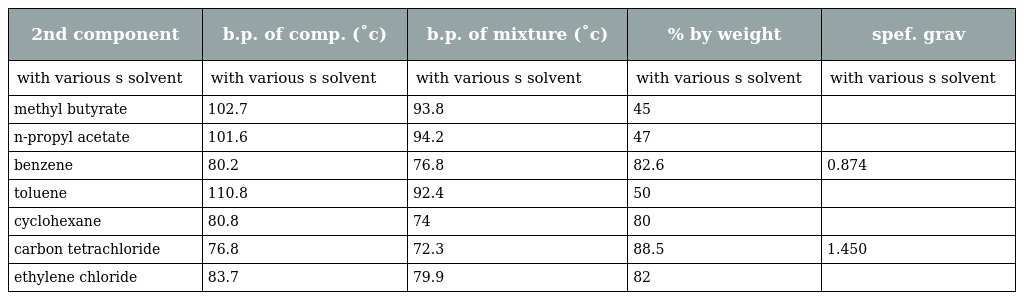
| 2nd component | b.p. of comp. (˚c) | b.p. of mixture (˚c) | % by weight | spef. grav |
 | --- | --- | --- | --- | --- |
 | with various s solvent | with various s solvent | with various s solvent | with various s solvent | with various s solvent |
 | methyl butyrate | 102.7 | 93.8 | 45 |  |
 | n-propyl acetate | 101.6 | 94.2 | 47 |  |
 | benzene | 80.2 | 76.8 | 82.6 | 0.874 |
 | toluene | 110.8 | 92.4 | 50 |  |
 | cyclohexane | 80.8 | 74 | 80 |  |
 | carbon tetrachloride | 76.8 | 72.3 | 88.5 | 1.450 |
 | ethylene chloride | 83.7 | 79.9 | 82 |  |